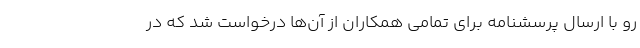
رو با ارسال پرسشنامه برای تمامی همکاران از آن‌ها درخواست شد که در